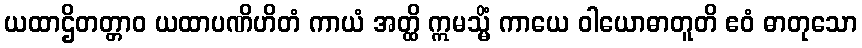
ယထာဌိတတ္တာဝ ယထာပဏိဟိတံ ကာယံ အတ္ထိ ဣမသ္မိံ ကာယေ ဝါယောဓာတူတိ ဧဝံ ဓာတုသော